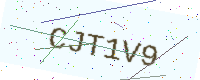
Text: CJT1V9